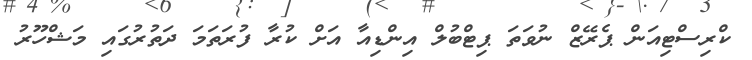
ކްރިސްޓިއަން ޕެރޭޒް ނުވަތަ ޕިޓްބުލް އިންޑިއާ އަށް ކުރާ ފުރަތަމަ ދަތުރުގައި މަޝްހޫރު